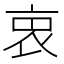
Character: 𧘼